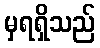
မှရရှိသည်